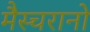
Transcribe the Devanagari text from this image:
मैस्चरानो